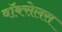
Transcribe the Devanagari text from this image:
वॉक्सेलस